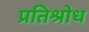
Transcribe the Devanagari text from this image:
प्रतिश्रोध